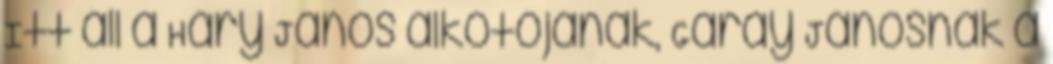
Itt áll a Háry János alkotójának, Garay Jánosnak a